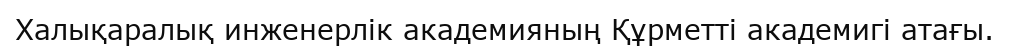
Халықаралық инженерлік академияның Құрметті академигі атағы.